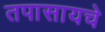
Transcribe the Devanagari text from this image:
तपासायचे